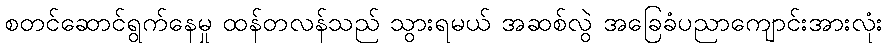
စတင်ဆောင်ရွက်နေမှု ထန်တလန်သည် သွားရမယ် အဆစ်လွဲ အခြေခံပညာကျောင်းအားလုံး